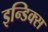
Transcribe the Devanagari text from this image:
इन्डिक्स